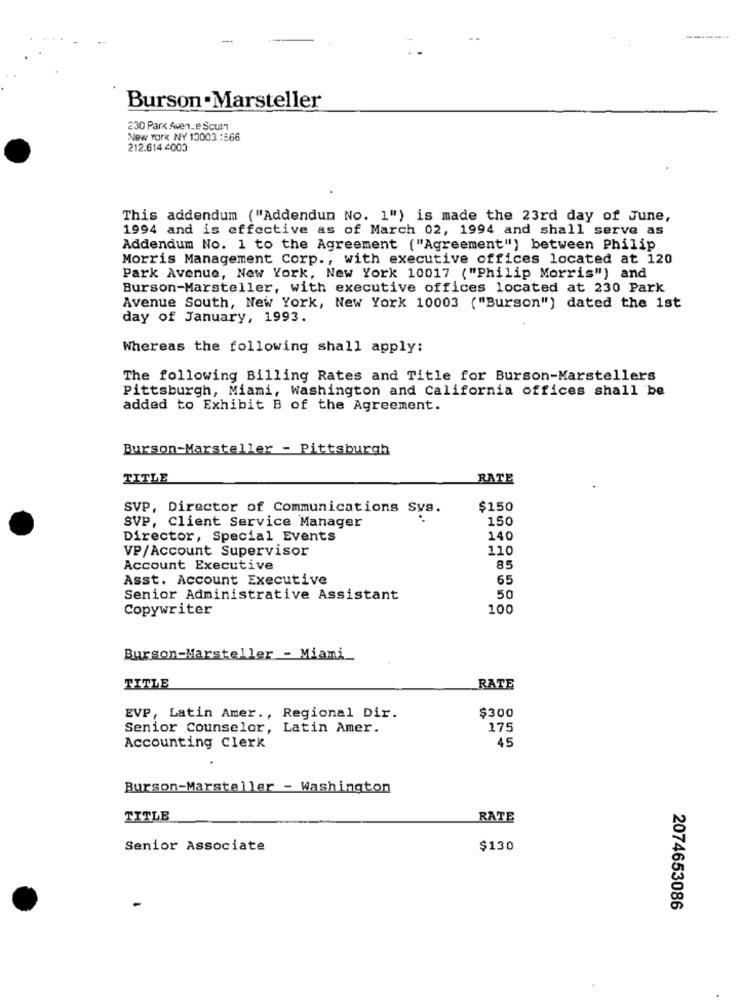
Burson - Marsteller
230 Park Avenue South
New YORK NY 10003 .: 566
212.614 4000
This addendum ( "Addendum No. 1") is made the 23rd day of June,
1994 and is effective as of March 02, 1994 and shall serve as
Addendum No. 1 to the Agreement ("Agreement") between Philip
Morris Management Corp ., with executive offices located at 120
Park Avenue, New York, New York 10017 ("Philip Morris") and
Burson-Marsteller, with executive offices located at 230 Park
Avenue South, New York, New York 10003 ("Burson") dated the 1st
day of January, 1993.
Whereas the following shall apply:
The following Billing Rates and Title for Burson-Marstellers
Pittsburgh, Miami, Washington and California offices shall be
added to Exhibit B of the Agreement.
Burson-Marsteller - Pittsburgh
TITLE
RATE
SVP, Director of Communications Sva.
$150
150
SVP, Client Service Manager
Director, Special Events
140
VP/Account Supervisor
110
Account Executive
85
Asst. Account Executive
65
Senior Administrative Assistant
50
Copywriter
100
Burson-Marsteller - Miami
TITLE
RATE
EVP, Latin Amer ., Regional Dir.
$300
Senior Counselor, Latin Amer.
175
Accounting Clerk
45
Burson-Marsteller - Washington
TITLE
RATE
Senior Associate
$130
2074653086